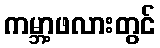
ကမ္ဘာ့ဖလားတွင်